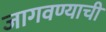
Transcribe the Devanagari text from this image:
जागवण्याची